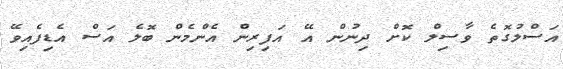
އަސްލުގޮތެ ވާސިލް ކޮށް ދިނުން އޭ އަފިރިން އެންމެން ބޮލެ އަސް އެޑިފެއިވޭ